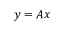
y = A x